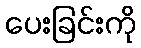
ပေးခြင်းကို